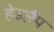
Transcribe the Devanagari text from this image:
हेडलैंप